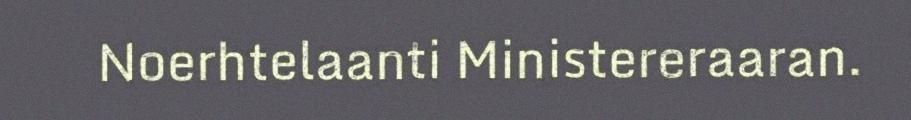
Noerhtelaanti Ministereraaran.